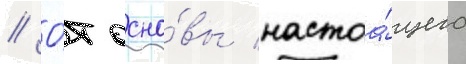
// О́т осно́вы настоа́щего